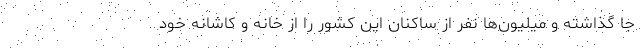
جا گذاشته و میلیون‌ها نفر از ساکنان این کشور را از خانه و کاشانه خود